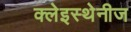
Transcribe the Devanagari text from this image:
क्लेइस्थेनीज